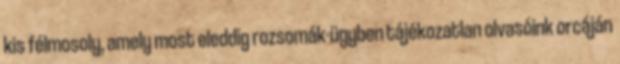
kis félmosoly, amely most eleddig rozsomák-ügyben tájékozatlan olvasóink orcáján